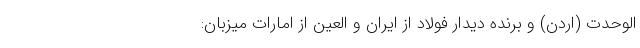
الوحدت (اردن) و برنده دیدار فولاد از ایران و العین از امارات میزبان: